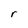
Character: r